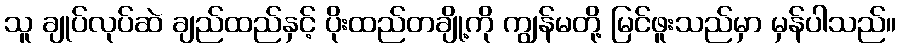
သူ ချုပ်လုပ်ဆဲ ချည်ထည်နှင့် ပိုးထည်တချို့ကို ကျွန်မတို့ မြင်ဖူးသည်မှာ မှန်ပါသည်။